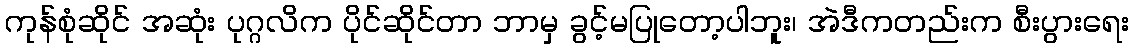
ကုန်စုံဆိုင် အဆုံး ပုဂ္ဂလိက ပိုင်ဆိုင်တာ ဘာမှ ခွင့်မပြုတော့ပါဘူး၊ အဲဒီကတည်းက စီးပွားရေး